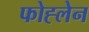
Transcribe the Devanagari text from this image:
फोह्लेन